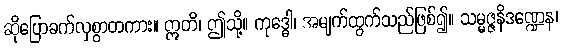
ဆိုပြောခက်လှစွာတကား။ ဣတိ၊ ဤသို့။ ကုဒ္ဓေါ၊ အမျက်ထွက်သည်ဖြစ်၍။ သမ္မဇ္ဇနိဒဏ္ဍေန၊